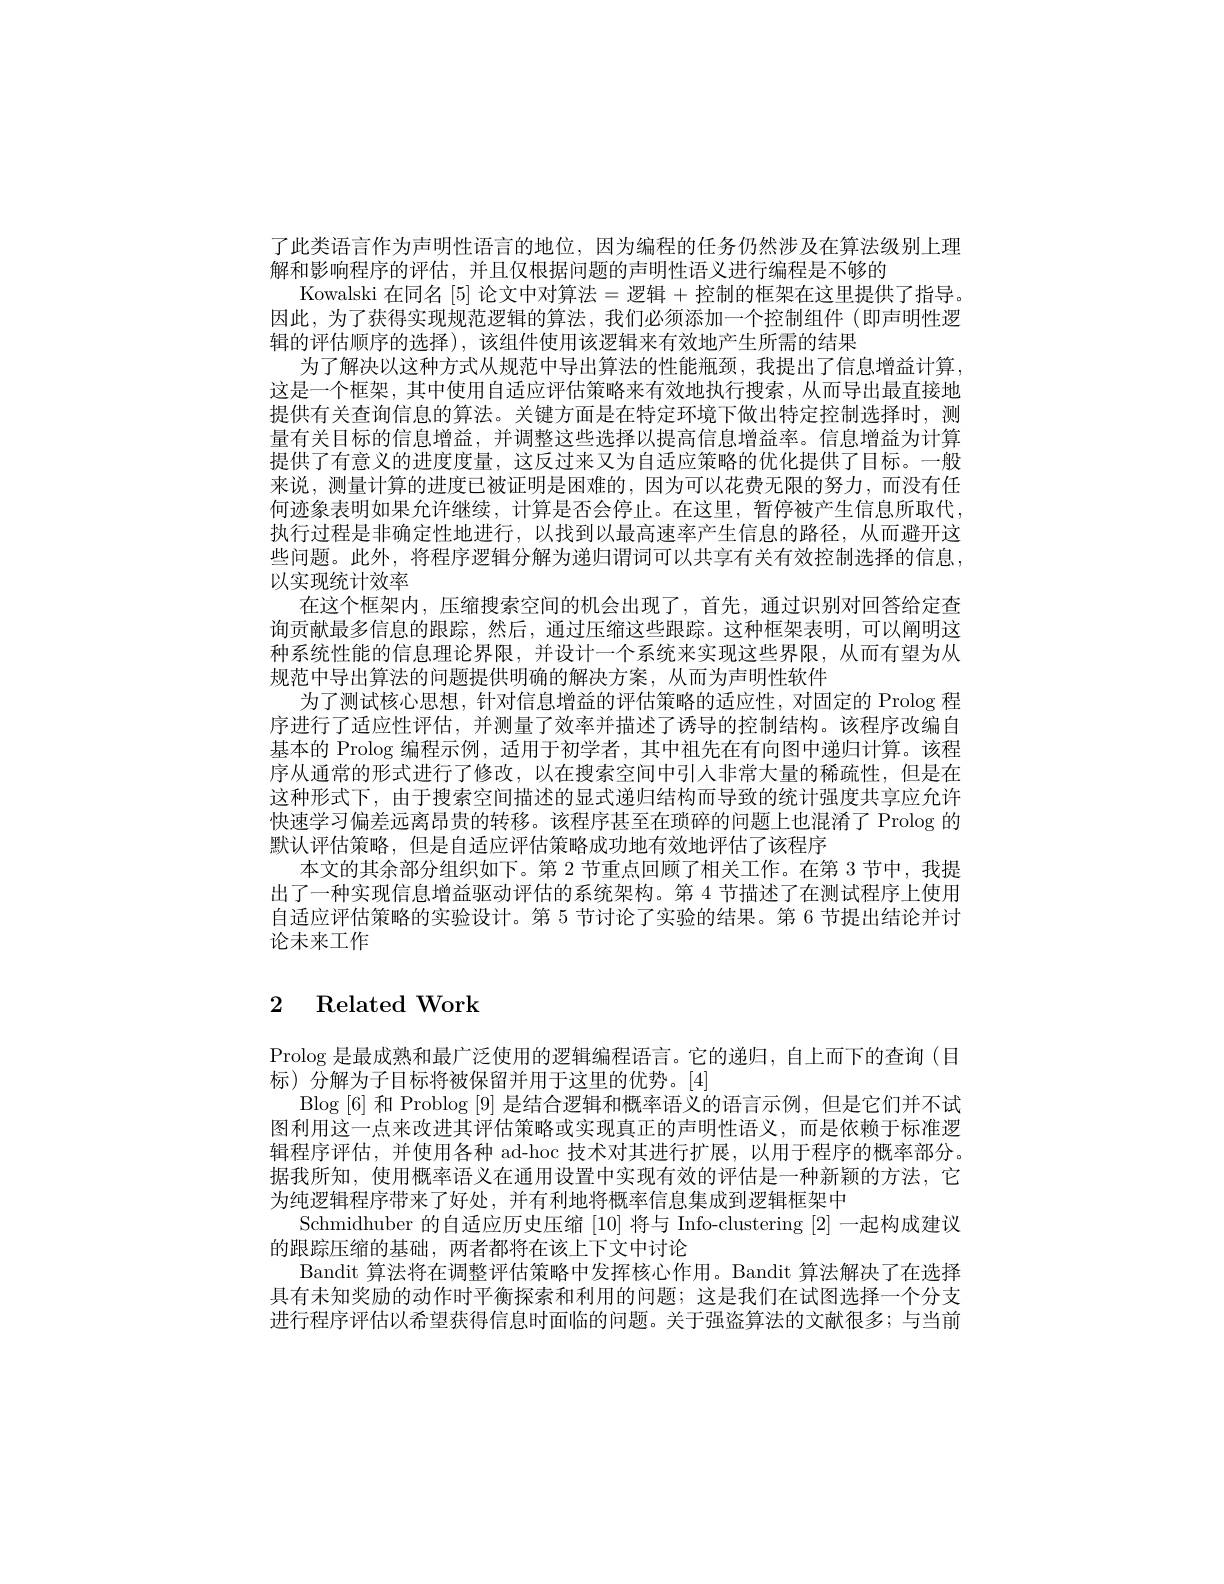
了此类语言作为声明性语言的地位，因为编程的任务仍然涉及在算法级别上理
解和影响程序的评估，并且仅根据问题的声明性语义进行编程是不够的
Kowalski 在同名 [5] 论文中对算法=逻辑 +控制的框架在这里提供了指导。因此，为了获得实现规范逻辑的算法，我们必须添加一个控制组件(即声明性逻辑的评估顺序的选择),该组件使用该逻辑来有效地产生所需的结果
为了解决以这种方式从规范中导出算法的性能瓶颈，我提出了信息增益计算， 这是一个框架，其中使用自适应评估策略来有效地执行搜索，从而导出最直接地提供有关查询信息的算法。关键方面是在特定环境下做出特定控制选择时，测量有关目标的信息增益，并调整这些选择以提高信息增益率。信息增益为计算提供了有意义的进度度量，这反过来又为自适应策略的优化提供了目标。一般来说，测量计算的进度已被证明是困难的，因为可以花费无限的努力，而没有任何迹象表明如果允许继续，计算是否会停止。在这里，暂停被产生信息所取代， 执行过程是非确定性地进行，以找到以最高速率产生信息的路径，从而避开这些问题。此外，将程序逻辑分解为递归谓词可以共享有关有效控制选择的信息， 以实现统计效率
在这个框架内，压缩搜索空间的机会出现了，首先，通过识别对回答给定查询贡献最多信息的跟踪，然后，通过压缩这些跟踪。这种框架表明，可以阐明这种系统性能的信息理论界限，并设计一个系统来实现这些界限，从而有望为从规范中导出算法的问题提供明确的解决方案，从而为声明性软件
为了测试核心思想，针对信息增益的评估策略的适应性，对固定的 Prolog 程序进行了适应性评估，并测量了效率并描述了诱导的控制结构。该程序改编自基本的 Prolog 编程示例，适用于初学者，其中祖先在有向图中递归计算。该程序从通常的形式进行了修改，以在搜索空间中引人非常大量的稀疏性，但是在这种形式下，由于搜索空间描述的显式递归结构而导致的统计强度共享应允许快速学习偏差远离昂贵的转移。该程序甚至在琐碎的问题上也混淆了 Prolog 的默认评估策略，但是自适应评估策略成功地有效地评估了该程序
本文的其余部分组织如下。第 2 节重点回顾了相关工作。在第 3 节中，我提出了一种实现信息增益驱动评估的系统架构。第 4 节描述了在测试程序上使用自适应评估策略的实验设计。第 5 节讨论了实验的结果。第 6 节提出结论并讨论未来工作

# 2 Related Work

Prolog 是最成熟和最广泛使用的逻辑编程语言。它的递归，自上而下的查询(目
标)分解为子目标将被保留并用于这里的优势。[4]
Blog [6] 和 Problog [9] 是结合逻辑和概率语义的语言示例，但是它们并不试图利用这一点来改进其评估策略或实现真正的声明性语义，而是依赖于标准逻辑程序评估，并使用各种 ad-hoc 技术对其进行扩展，以用于程序的概率部分。据我所知，使用概率语义在通用设置中实现有效的评估是一种新颖的方法，它为纯逻辑程序带来了好处，并有利地将概率信息集成到逻辑框架中
Schmidhuber 的自适应历史压缩[10]将与 Info-clustering [2]一起构成建议
的跟踪压缩的基础，两者都将在该上下文中讨论
Bandit 算法将在调整评估策略中发挥核心作用。Bandit 算法解决了在选择具有未知奖励的动作时平衡探索和利用的问题；这是我们在试图选择一个分支进行程序评估以希望获得信息时面临的问题。关于强盗算法的文献很多；与当前